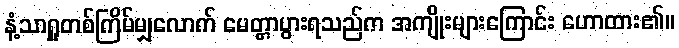
နံ့သာရှူတစ်ကြိမ်မျှလောက် မေတ္တာပွားရသည်က အကျိုးများကြောင်း ဟောထား၏။